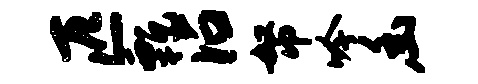
匹甄沾帑吟幽